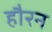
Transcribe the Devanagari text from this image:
हौरन